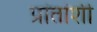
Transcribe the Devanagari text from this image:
प्रांतांशी